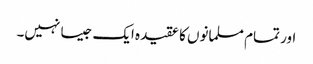
اور تمام مسلمانوں کا عقیدہ ایک جیسا نہیں‌۔